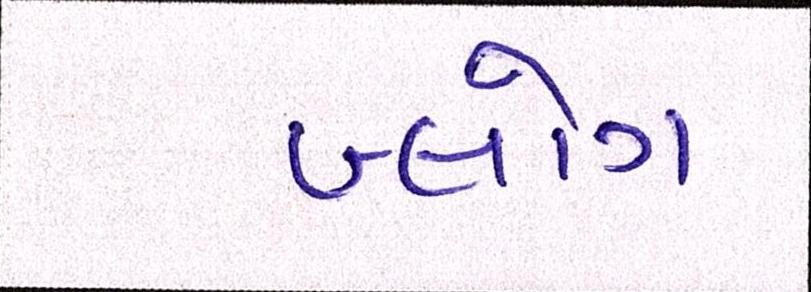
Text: બ્લોગ